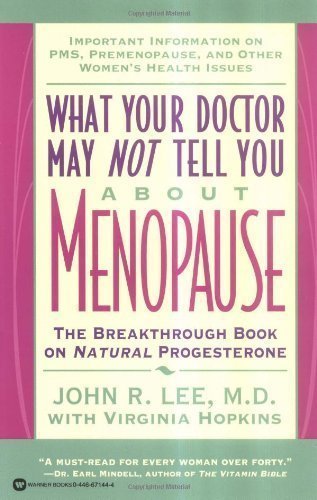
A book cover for What Your Doctor May Not Tell You About Menopause: The Breakthrough Book on Natural Progesterone by Lee, John R., Hopkins, Virginia [Paperback(1996/5/1)]; John R.; Hopkins, Virginia Lee; Health, Fitness & Dieting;